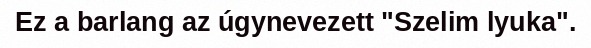
Ez a barlang az úgynevezett "Szelim lyuka".